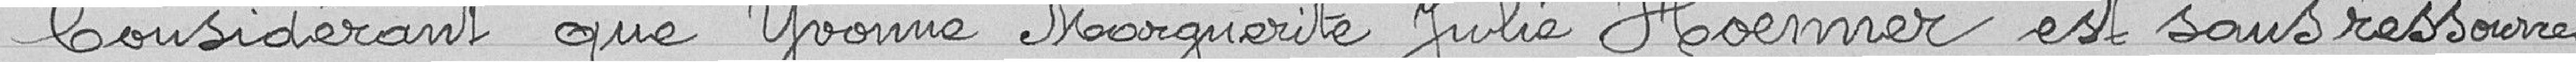
Considérant que Yvonne Marguerite Julie Hoenner est sans ressources